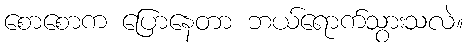
စောစောက ပြောနေတာ ဘယ်ရောက်သွားသလဲ။